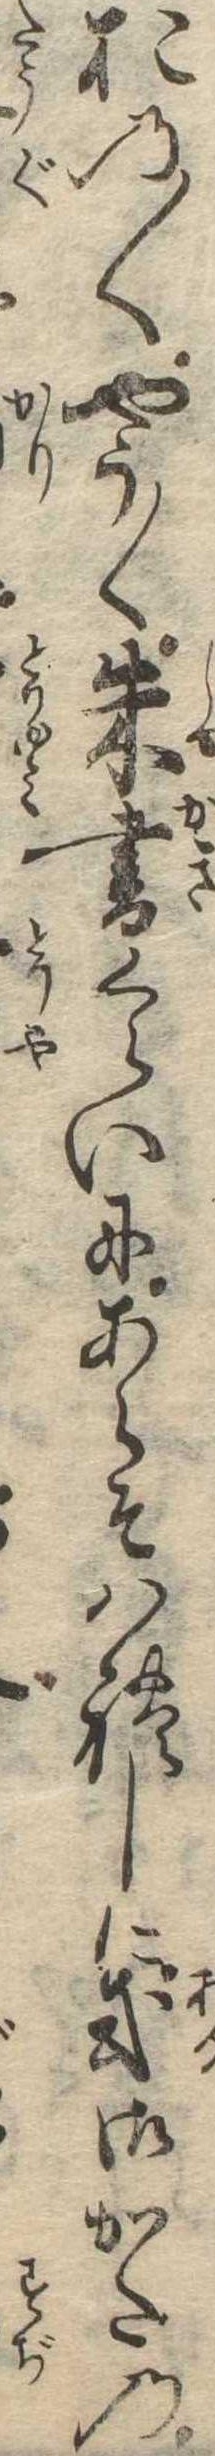
おの〱やう〱朱書くらいにあらそはれしに或御かたの